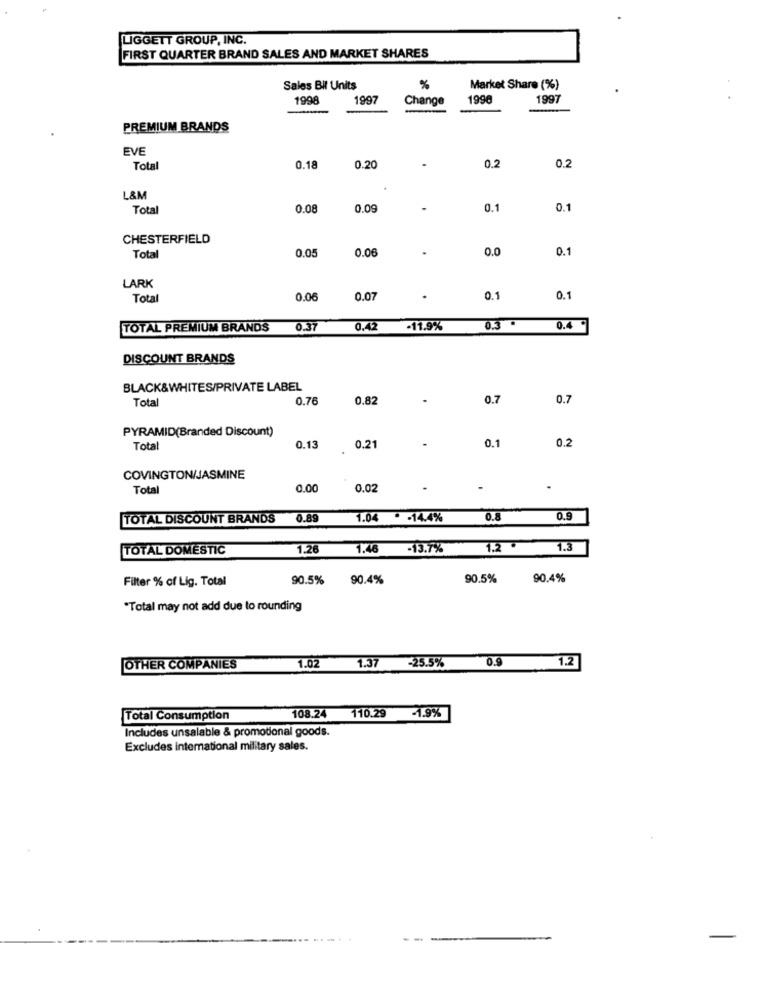
LIGGETT GROUP, INC.
FIRST QUARTER BRAND SALES AND MARKET SHARES
Sales Bil Units
%
Market Share (%)
1998
1997
Change
1990
1997
PREMIUM BRANDS
EVE
0.2
Total
0.18
0.20
0.2
L&M
Total
0.08
0.09
.
0.1
0.1
CHESTERFIELD
0.05
0.06
0.0
0.1
Total
LARK
Tota
0.06
0.07
0.1
0.1
TOTAL PREMIUM BRANDS
0.37
0.42 -11.9%
0.3.
0.4 -
DISCOUNT BRANDS
BLACK&WHITES/PRIVATE LABEL
Total
0.76
0.82
0.7
0.7
PYRAMID(Branded Discount)
Total
0.13
0.21
0.1
0.2
COVINGTON/JASMINE
Total
0.00
0.02
.
TOTAL DISCOUNT BRANDS
0.89
1.04 . - 14.4%
0.8
0.9
TOTAL DOMESTIC
1.26
1.46 -13.7%
1.2 .
1.3
Filter % of Lig. Total
90.5%
90.4%
90.5%
90.4%
*Total may not add due to rounding
1.37
0.9
1.2
OTHER COMPANIES
1.02
-25.5%
Total Consumption
108.24
110.29 1.9%
Includes unsalable & promotional goods.
Excludes international military sales.